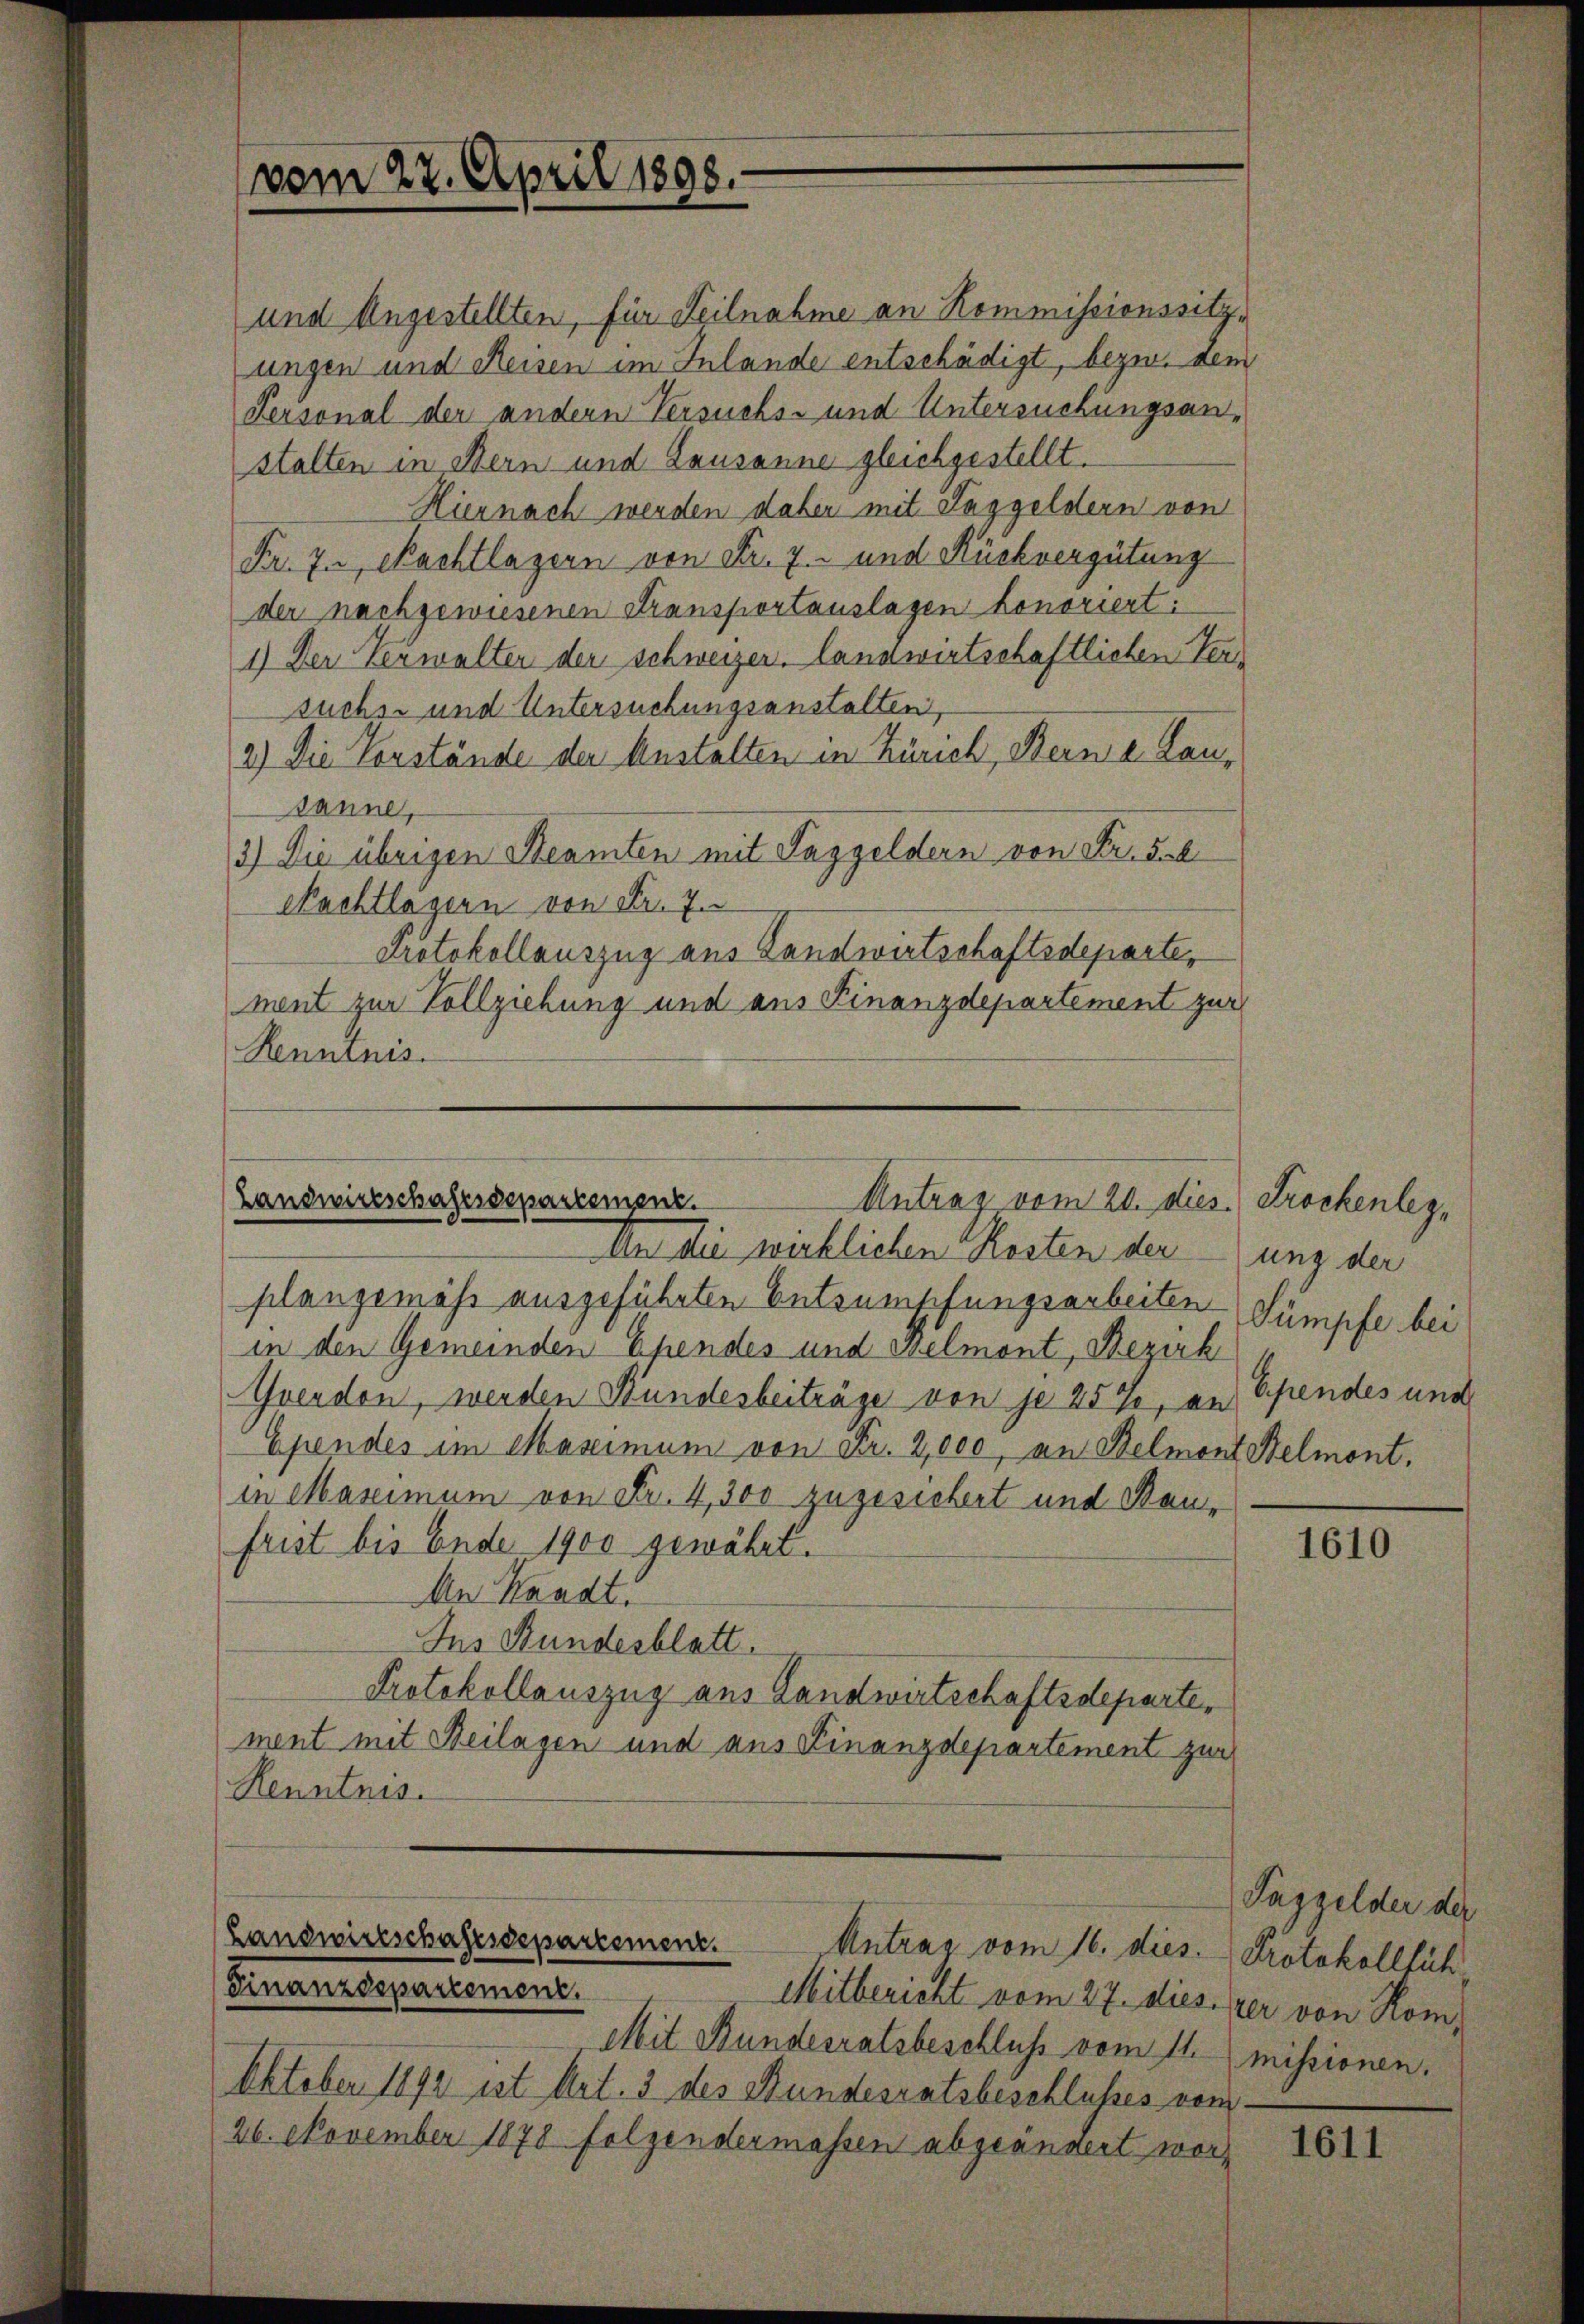
und Angestellten, für Teilnahme an Kommissionssitzungen und Reisen im Inlande entschädigt, bezw. dem
Personal der andern Versuchs- und Untersuchungsanstalten in Bern und Lausanne gleichgestellt.
Hiernach werden dabei mit Taggeldern von
Fr. zu Nachtlagern von Fr. 7. und Rückvergütung
der nachgewiesenen Stransportauslagen honoriert:
1.) Der Verwalter der schweizer. landwirtschaftlichen Versuchs- und Untersuchungsanstalten,
2.) Die Vorstände der Anstalten in Zürich, Berne Lausanne,
3.) Die übrigen Steamten mit Taggeldern von Friesal
Nachtlagern von Fr. 7.
Protokollauszug aus Landwirtschaftsdepartement zur Vollziehung und aus Finanzdepartement zur
Renntnis.

vom 22. April 1898.

Landwirtschaftsdepartement.
Antrag vom 20. dies
An die wirklichen Kosten der ung der

Landwirtschaftsdepartement.
Finanzdepartement.
Mitbericht vom 27. diesizer von Kom

plangemäss ausgeführten Entsumpfungsarbeiten Sümpfe bei
in den Gemeinden Ehendes und Helmont, Bezirk
Avenden, werden Bundesbeiträge von je 25%, an Spendes und
Ependes im Maximum von Fr. 2,000, an Belmont Belmont.
in Maximum von Fr. 4,300 zugesichert und Baufrist bis Ende 1900 gewährt.
An Standt.
Ins Bundesblatt.
Protokollauszug aus Landwirtschaftsdeparten
ment mit Beilagen und aus Finanzdepartement zur
Henntnis.

Antrag vom 16. dies

Mit Bundesratsbeschluss vom 11. missionen.
Oktober 1892 ist Art. 3 des Stundesratsbeschlusses vom
26. November 1878 folgendermassen abgeändert wor¬

Trockenlez¬

1610

Taggelder der
Protokollfüh

1611